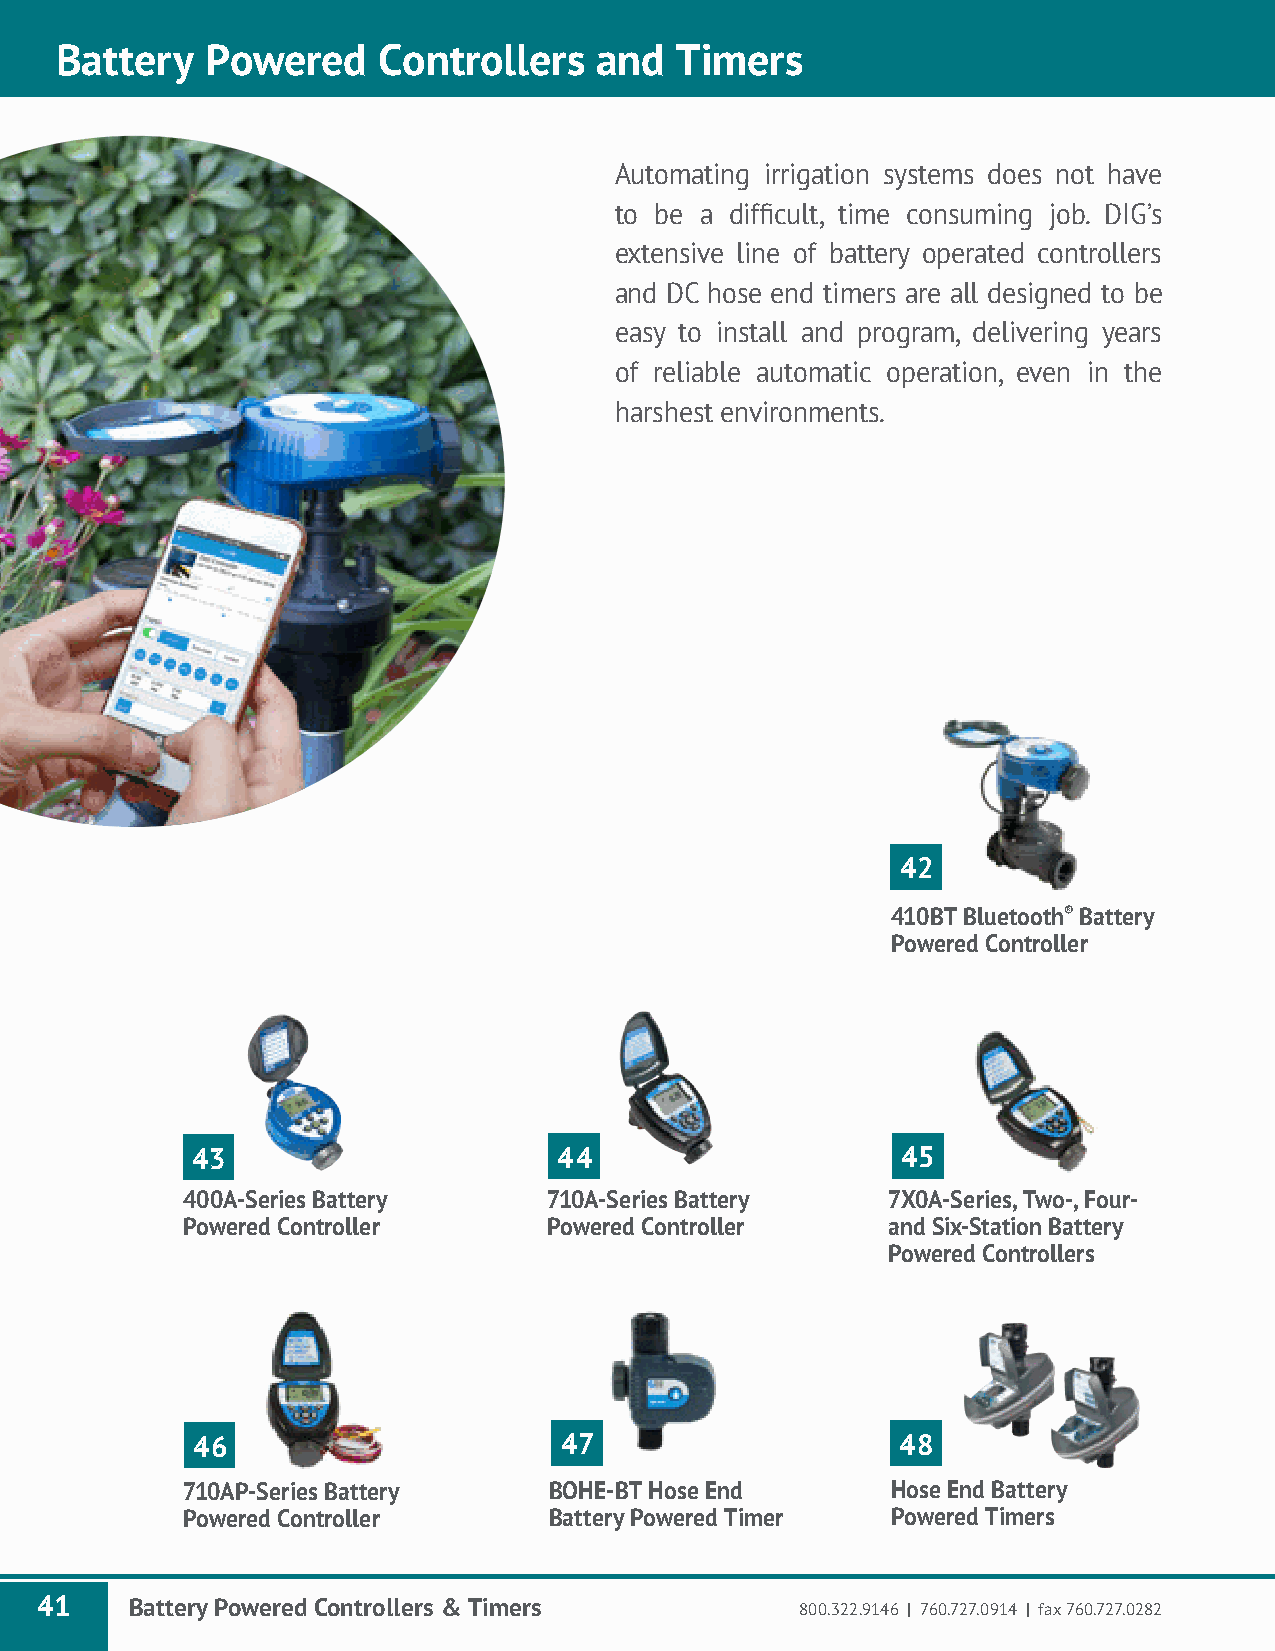
Battery   Powered    Controllers   and   Timers
 Automating irrigation systems does not have
 to be a difficult, time consuming job. DIG’s
 extensive line of battery operated controllers
 and DC hose end timers are all designed to be
 easy to install and program, delivering years
 of reliable automatic operation, even in the
 harshest environments.
 4462
 410BT Bluetooth® Battery
 Powered Controller
 43                      44                     4445
 400A-Series Battery     710A-Series Battery    7X0A-Series, Two-, Four-
 Powered Controller      Powered Controller     and Six-Station Battery
 Powered Controllers
 4466                    444676                 4468
 710AP-Series Battery    BOHE-BT Hose End       Hose End Battery
 Powered Controller      Battery Powered Timer  Powered Timers
 41     Battery Powered Controllers & Timers        800.322.9146 | 760.727.0914 | fax 760.727.0282